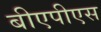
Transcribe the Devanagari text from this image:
बीएपीएस